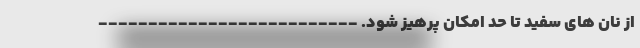
از نان های سفید تا حد امکان پرهیز شود. --------------------------